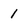
Character: 1